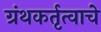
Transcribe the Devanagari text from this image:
ग्रंथकर्तृत्वाचे